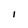
Character: I